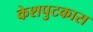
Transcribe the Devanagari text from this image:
केशपुटकास